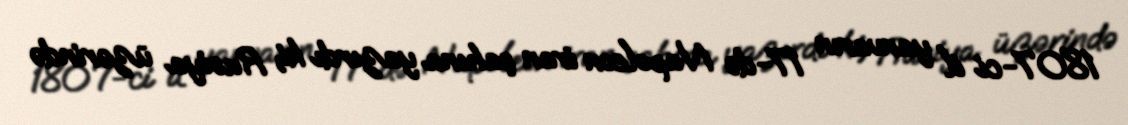
1807-ci il yanvarın 17-də Napoleon iran şahına yazırdı ki, Rusiya üzərində